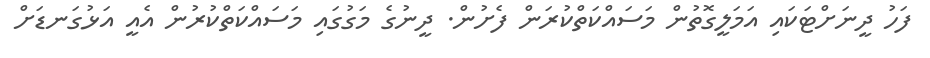
ފަހު ދީނަށްޓަކައި އަމަލީގޮތުން މަސައްކަތްކުރަން ފެށުން. ދީނުގެ މަގުގައި މަސައްކަތްކުރުން އެއީ އަޅުގަނޑަށް